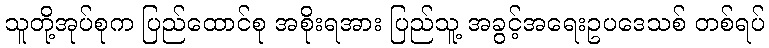
သူတို့အုပ်စုက ပြည်ထောင်စု အစိုးရအား ပြည်သူ့ အခွင့်အရေးဥပဒေသစ် တစ်ရပ်